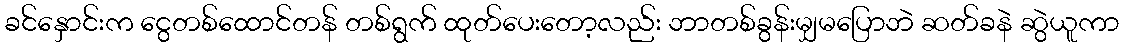
ခင်နှောင်းက ငွေတစ်ထောင်တန် တစ်ရွက် ထုတ်ပေးတော့လည်း ဘာတစ်ခွန်းမျှမပြောဘဲ ဆတ်ခနဲ ဆွဲယူကာ